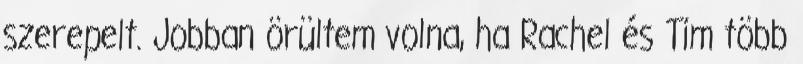
szerepelt. Jobban örültem volna, ha Rachel és Tim több